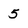
Character: 5